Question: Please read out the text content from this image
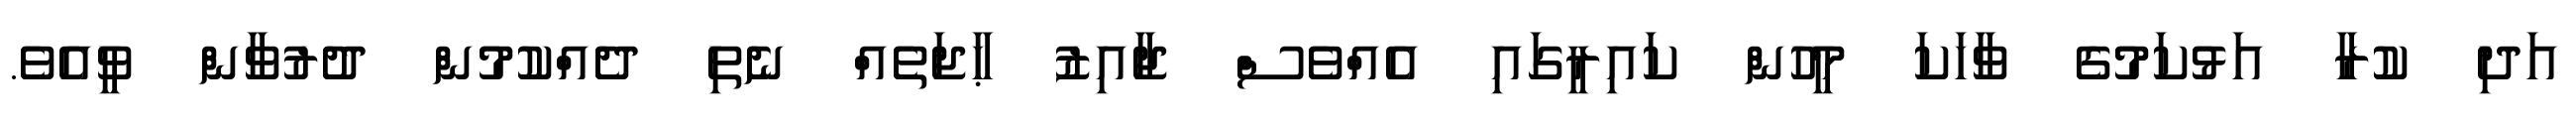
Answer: އަދި ކުރާ އަޅުކަމުގެ ވާހަކަ މީހުން ކައިރީގައި އެއްވެސް ޖާއިޒު ޙާޖަތެއް ނެތި ދެއްކުމުން ދުރުވާން ވީއެވެ.